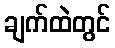
ချက်ထဲတွင်